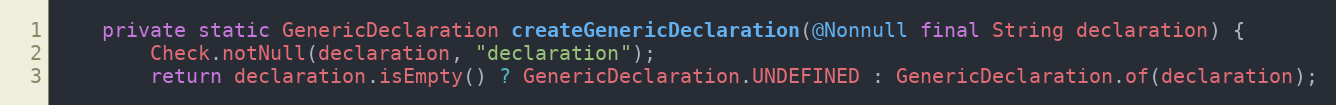
Language: Java
	private static GenericDeclaration createGenericDeclaration(@Nonnull final String declaration) {
		Check.notNull(declaration, "declaration");
		return declaration.isEmpty() ? GenericDeclaration.UNDEFINED : GenericDeclaration.of(declaration);